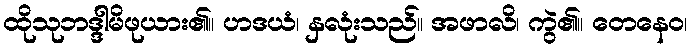
ထိုသုဘဒ္ဒါမိဖုယား၏။ ဟဒယံ၊ နှလုံးသည်။ အဖာလိ၊ ကွဲ၏။ တေနေဝ၊